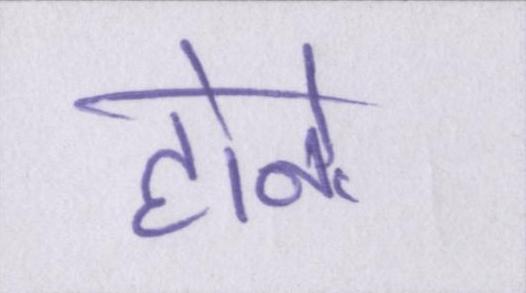
होने